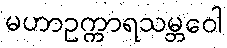
မဟာဥက္ကာရသမ္ဘဝေါ